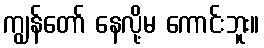
ကျွန်တော် နေလို့မ ကောင်းဘူး။